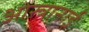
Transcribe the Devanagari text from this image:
ओस्त्रानाई